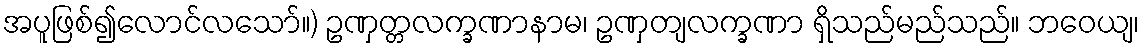
အပူဖြစ်၍လောင်လသော်။) ဥဏှတ္တလက္ခဏာနာမ၊ ဥဏှတျလက္ခဏာ ရှိသည်မည်သည်။ ဘဝေယျ၊